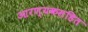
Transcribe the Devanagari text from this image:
आरण्यकसहित